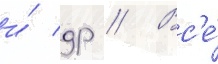
и́ др // Вс'е́